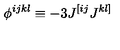
\phi ^ { i j k l } \equiv - 3 J ^ { [ i j } J ^ { k l ] }